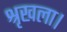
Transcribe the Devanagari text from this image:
श्रृखला।